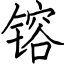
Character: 镕